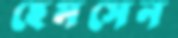
হেমসেন